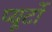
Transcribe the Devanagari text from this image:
प्‍यूर्टो